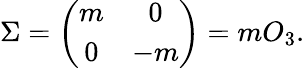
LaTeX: \Sigma=\left(\begin{array}{cc}{{m}}&{{0}}\\ {{0}}&{{-m}}\end{array}\right)=mO_{3}.